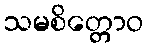
သမစိတ္တောဝ